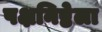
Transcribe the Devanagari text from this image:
पक्षनिष्ठेला